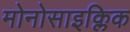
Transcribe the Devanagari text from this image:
मोनोसाइक्लिक